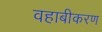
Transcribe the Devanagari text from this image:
वहाबीकरण